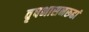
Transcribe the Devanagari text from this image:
वृषभासनरूढां